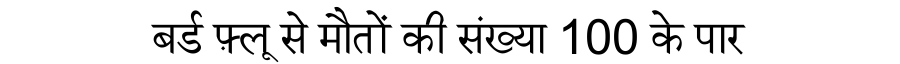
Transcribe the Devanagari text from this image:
बर्ड फ़्लू से मौतों की संख्या 100 के पार